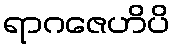
ရာဂဇေဟိပိ